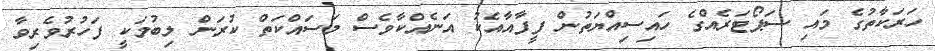
ހަރަކާތުގެ މައި ސަޕޯޓަރެއްގެ ހައިސިއްޔަތުން ފީފާއާއެކު އަނެއްކާވެސް މަސައްކަތް ކުރަން ލިބުމަކީ ފަހުރުވެރިވާ